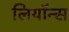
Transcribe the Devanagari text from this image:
लियॉन्स